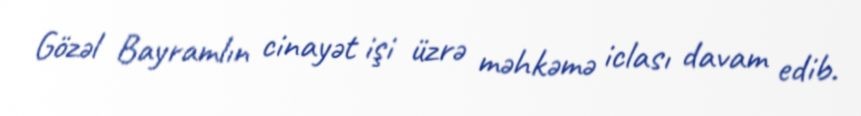
Gözəl Bayramlın cinayət işi üzrə məhkəmə iclası davam edib.